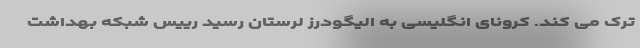
ترک می کند. کرونای انگلیسی به الیگودرز لرستان رسید رییس شبکه بهداشت